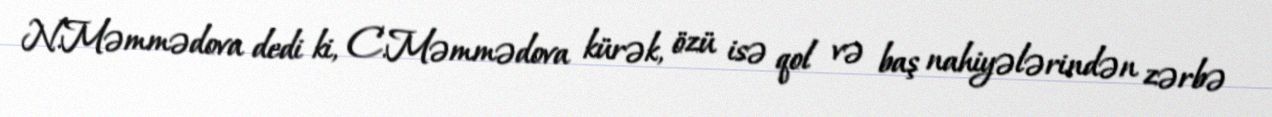
N.Məmmədova dedi ki, C.Məmmədova kürək, özü isə qol və baş nahiyələrindən zərbə